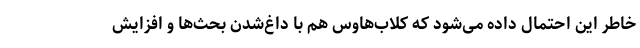
خاطر این احتمال داده می‌شود که کلاب‌هاوس هم با داغ‌شدن بحث‌ها و افزایش